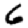
Digit: 6